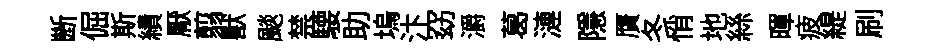
㫁倔斯績厭翦獸颷禁騕助塢汴窈灂葛漣隱贋冬悄地絲暉疲緹刷